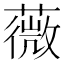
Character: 薇